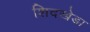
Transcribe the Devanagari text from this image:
शिदखेडा